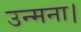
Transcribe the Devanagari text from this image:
उन्मना।